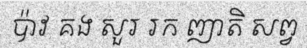
ប៉ាវ គង សួរ រក ញាតិ សព្វ